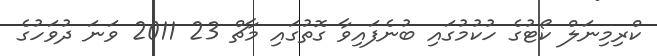
ކްރިމިނަލް ކޯޓުގެ ހުކުމުގައި ބުނެފައިވާ ގޮތުގައި މާޗް 23 2011 ވަނަ ދުވަހުގެ